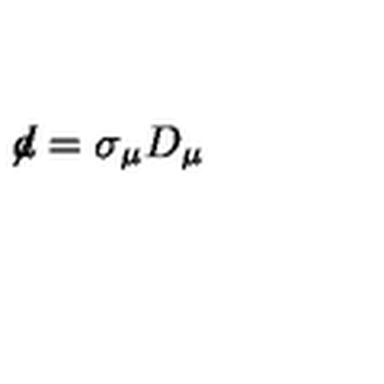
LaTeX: \not \! d = \sigma _ { \mu } D _ { \mu }